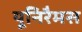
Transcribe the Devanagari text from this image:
यूनिरैमस